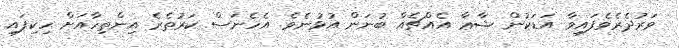
ވަރުދެރެވެފައިވާ އަޑަކުން ޝާޢާ އެއްޗެއް ބުނަން އުޅުނެވެ. އެހެނަސް ކަރުތެރެ އިންތިހާއަށް ހިކިފައި